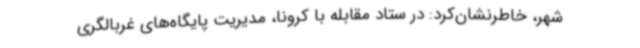
شهر، خاطرنشان‌کرد: در ستاد مقابله با کرونا، مدیریت پایگاه‌های غربالگری